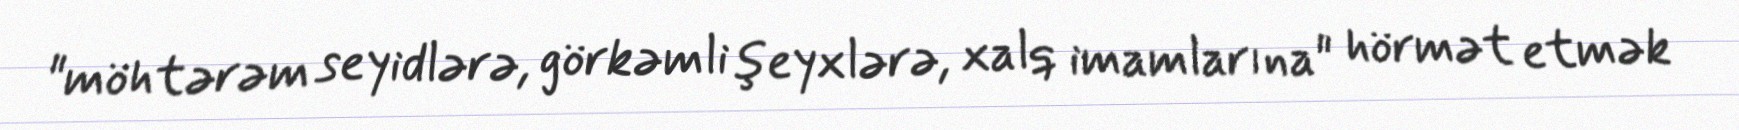
"möhtərəm seyidlərə, görkəmli şeyxlərə, xalq imamlarına" hörmət etmək